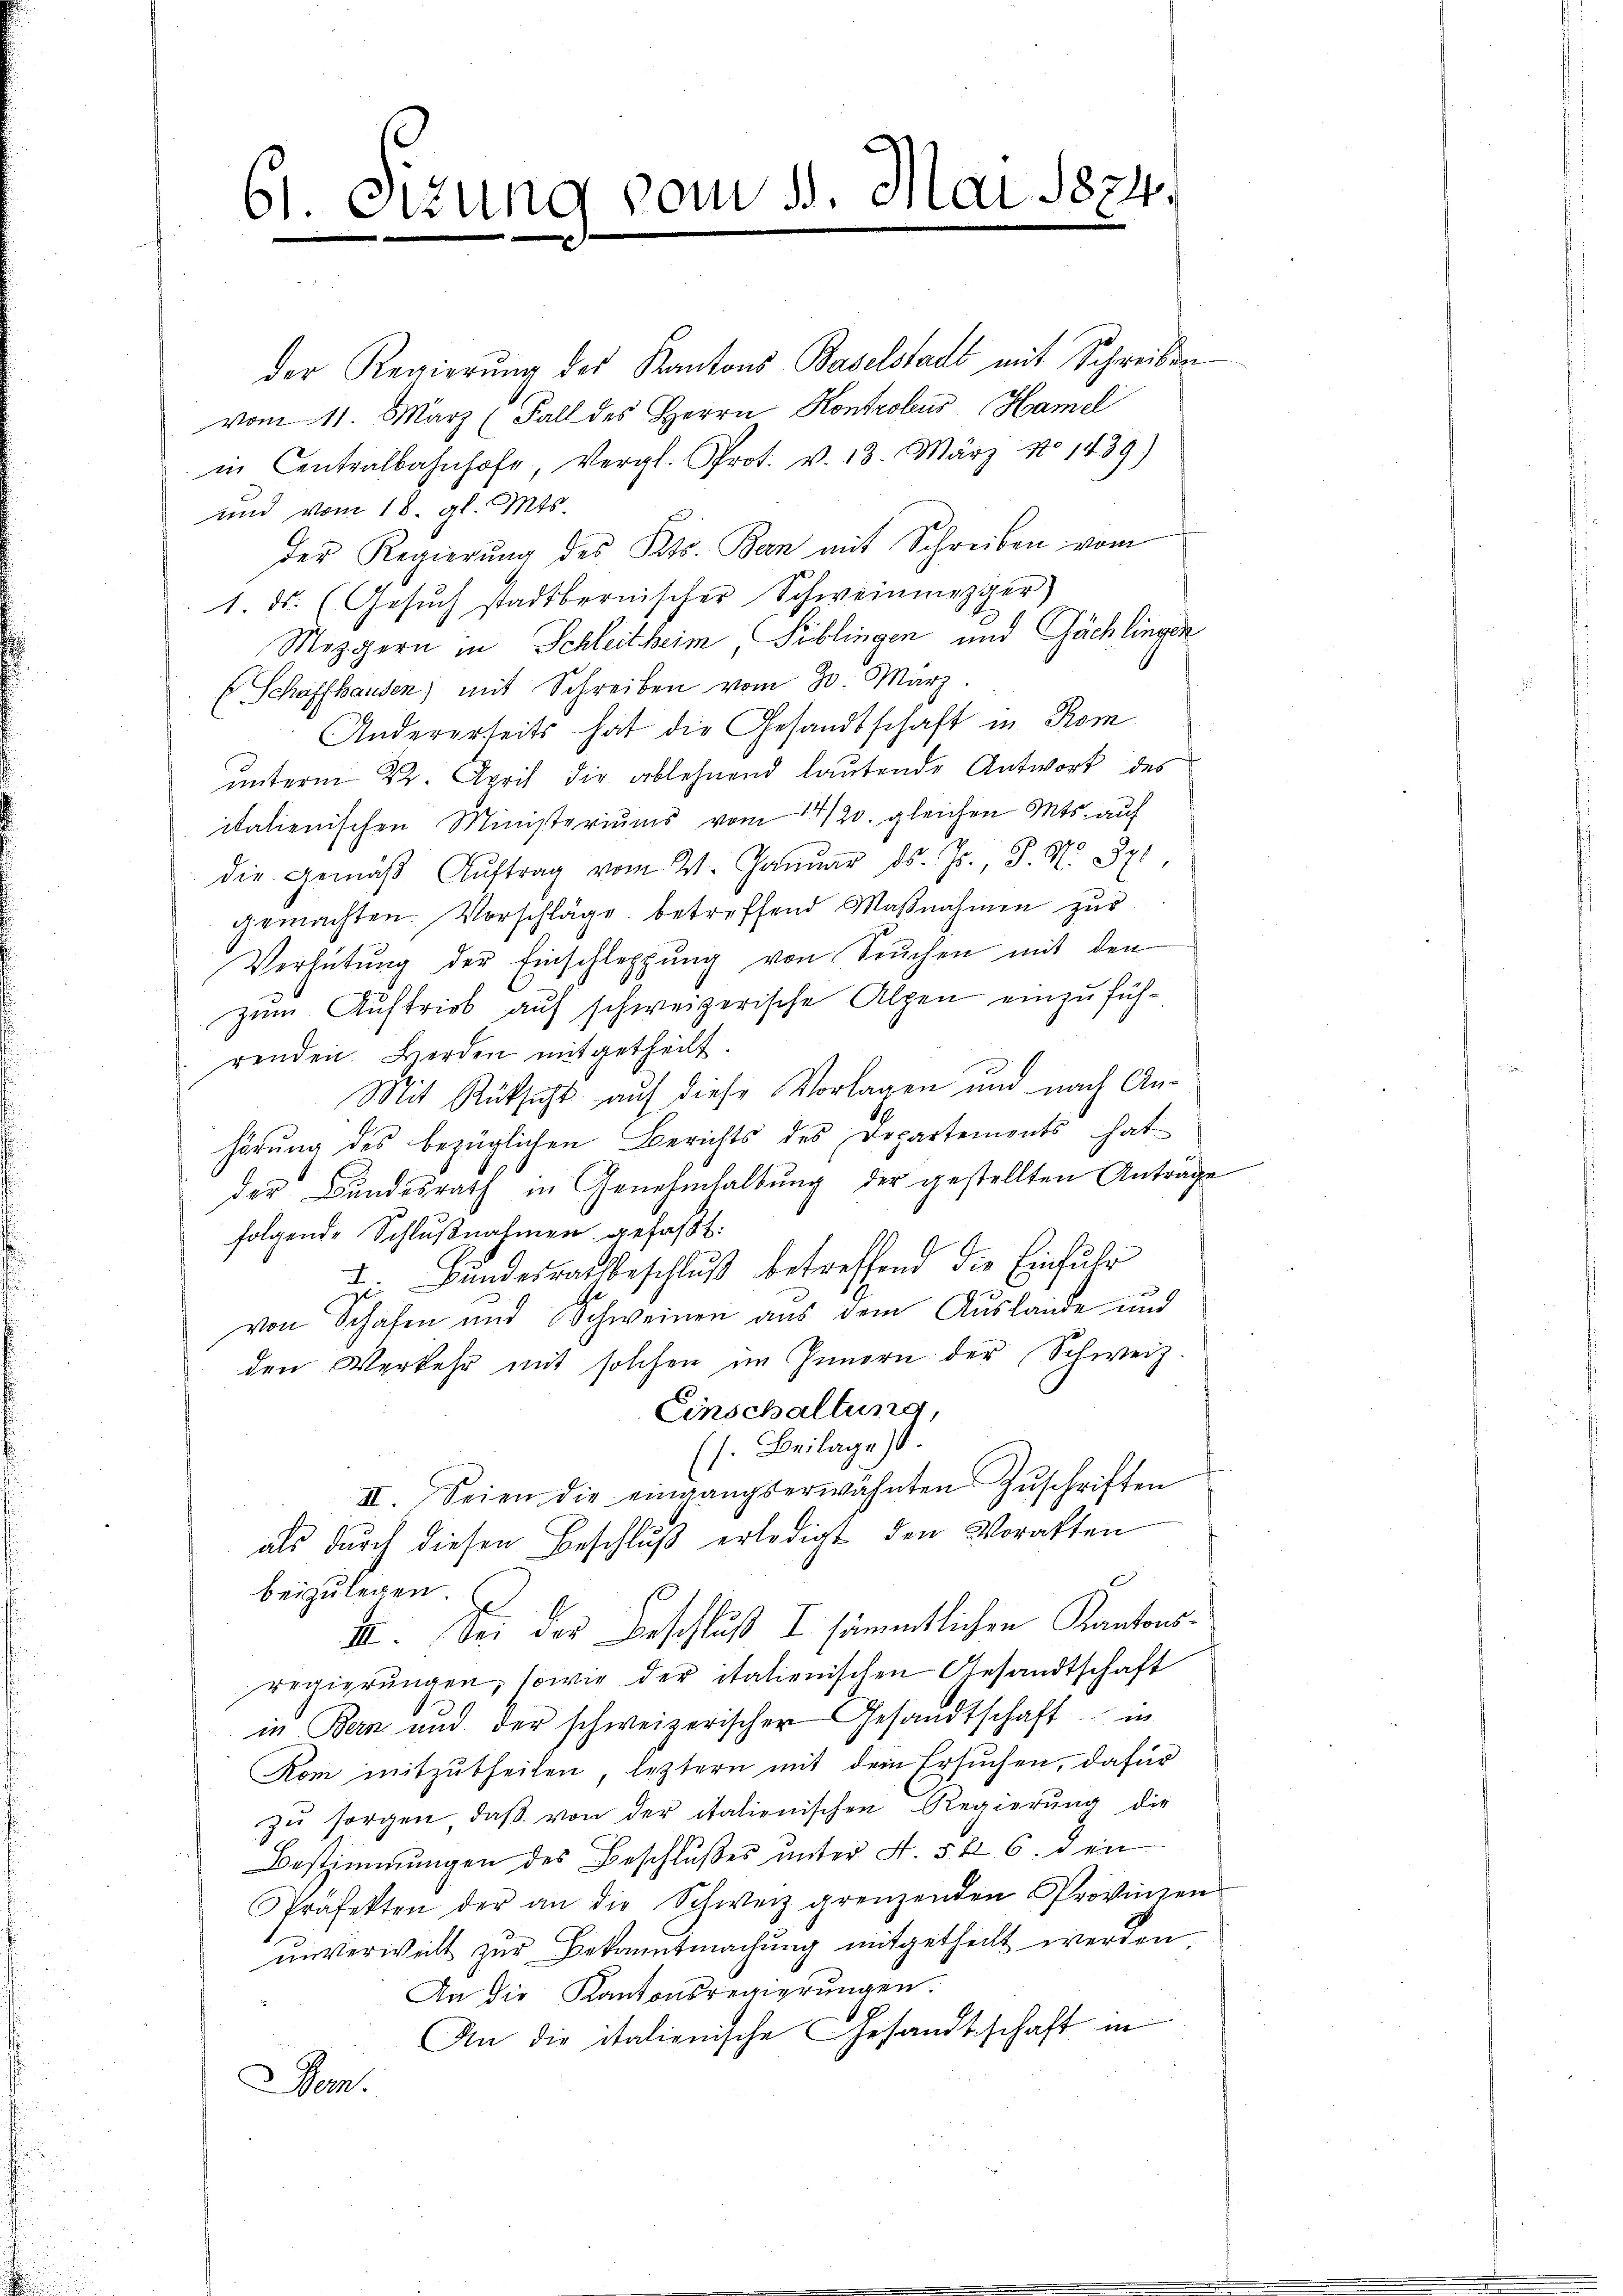
61. Sizung vom 11. Mai 1874.

der Regierung des Kantons Baselstadt mit Schreiben
vom 11. März (Fall des Herrn Kontroleus, Hamel
in Centralbahnhofe, Vergl. Prot. v. 13. März No 1439)
und vom 18. gl. Mts.
der Regierŭng des Kts. Ban mit Schreiben vom
1. ds. (Gesŭch stadtbernischer Schweinmezger)
Moppern in Schleitheim, Publingen und Gächlingen
Schaffhausen) mit Schreiben vom 30. März.
Andererseits hat die Gesandtschaft in Rom
ŭnterm 22. April die ablehnend laŭtende Antwort des
italienischen Ministeriums vom 14/20. gleichen Mts. auf
die Gemäβ Aŭftrag vom 21. Januar d. Js., S. N. 871,
gemachten. Vorschläge betreffend Maßnahmen zur
Verhütung der Einschleppung von Seuchen mit den
zum Auftrieb auf schweizerische Alpen einzufühgenden. Herden mitgetheilt.
Mit Rüksicht auf diese Vorlagen und nach Anhörung des bezüglichen Berichts des Departements hat
der Bundesrath in Genehmhaltung der gestellten Anträge
folgende Schlußnahmen gefaßt:
I. Bundesrathsbeschluß betreffend die Einfuhr
von Schalen und Schweinen aus dem Auslande und
den Verkehr mit solchen im Innern der Schweiz.
Einschaltung,
(s. Beilage).
II. Seien die eingangserwähnten Zŭschriften
als durch diesen Beschluß erledigt den Voraften
beizulegen
I. Sei der Beschluß I sämmtlichen Kantonsregierŭngen, sowie der italienischen Gesandtschaft
in Bern und der schweizerischer Gesandtschaft in
Rom mitzutheilen, leztern mit dem Ersuchen, dafür
zŭ sorgen, daβ von der italienischen Regierung die
Bestimmungen des Beschlußes unter N. 5 k 6. den
Präfekten der an die Schweiz grenzenden Provinzen
unverweilt zur Bekanntmachung mitgetheilt werden,
An die Kantonsregierungen.
An die italienische Gesandtschaft in
Bem.